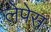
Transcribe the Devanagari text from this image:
लेपेस